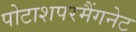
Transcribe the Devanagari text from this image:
पोटाशपरमैंगनेट